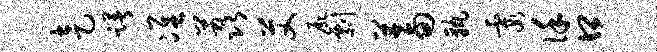
走躇准荔艾尸剽蓄孰霞谨口